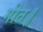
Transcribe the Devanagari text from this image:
गीत॥